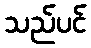
သည်ပင်